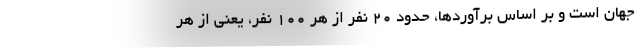
جهان است و بر اساس برآوردها، حدود ۲۰ نفر از هر ۱۰۰ نفر، یعنی از هر